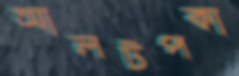
আলটপকা